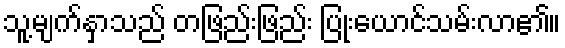
သူ့မျက်နှာသည် တဖြည်းဖြည်း ပြုံးယောင်သမ်းလာ၏။